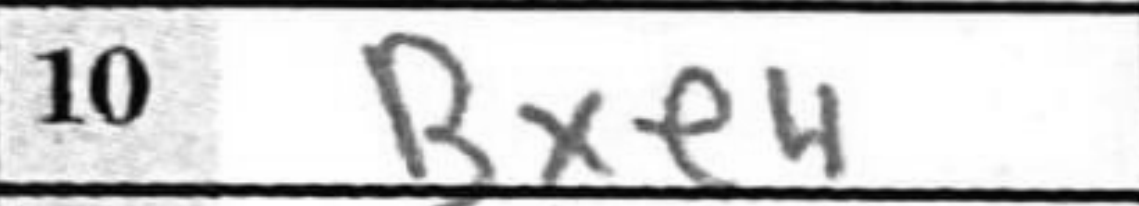
Transcription: Bxe4